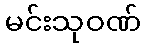
မင်းသုဝဏ်